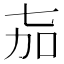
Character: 𬻎